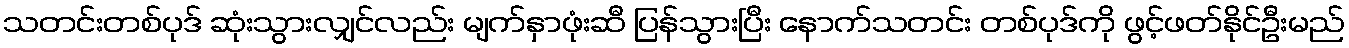
သတင်းတစ်ပုဒ် ဆုံးသွားလျှင်လည်း မျက်နှာဖုံးဆီ ပြန်သွားပြီး နောက်သတင်း တစ်ပုဒ်ကို ဖွင့်ဖတ်နိုင်ဦးမည်